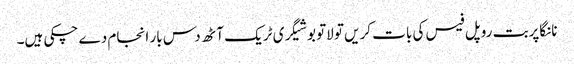
نانگاپربت روپل فیس کی بات کریں تو لاتوبو شیگری ٹریک آٹھ دس بار انجام دے چکی ہیں۔